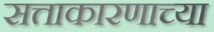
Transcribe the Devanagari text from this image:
सत्ताकारणाच्या